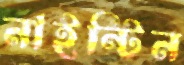
নাইন্টিন